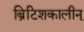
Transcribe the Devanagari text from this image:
ब्रिटिशकालीन्